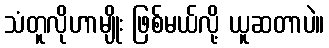
သံတူလိုဟာမျိုး ဖြစ်မယ်လို့ ယူဆတာပဲ။